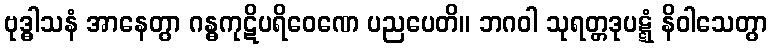
ဗုဒ္ဓါသနံ အာနေတွာ ဂန္ဓကုဋိပရိဝေဏေ ပညပေတိ။ ဘဂဝါ သုရတ္တဒုပဋ္ဋံ နိဝါသေတွာ